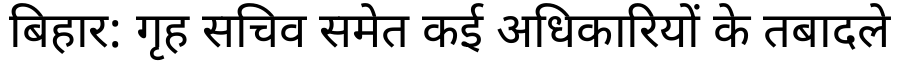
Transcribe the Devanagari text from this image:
बिहार: गृह सचिव समेत कई अधिकारियों के तबादले